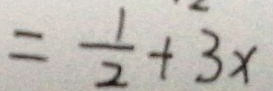
= \frac { 1 } { 2 } + 3 x